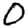
Digit: 0